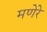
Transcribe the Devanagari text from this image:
मणेरे